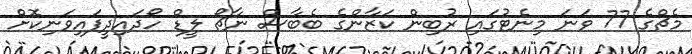
މެޗްގެ 77 ވަނަ މިނެޓުގައި ރުބިން ކަޒާންގެ ބެބާސް ނާޗޯ ލީޑް ހޯދައިދީފައިވަނިކޮށް